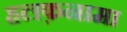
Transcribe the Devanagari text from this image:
हलफ़नामा